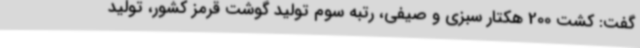
گفت: کشت 200 هکتار سبزی و صیفی، رتبه سوم تولید گوشت قرمز کشور، تولید